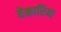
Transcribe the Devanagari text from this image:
वेकारिया